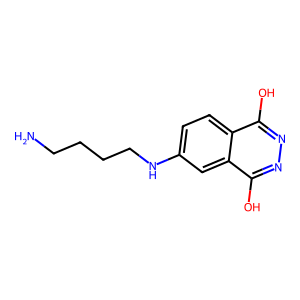
SMILES: NCCCCNc1ccc2c(O)nnc(O)c2c1
Inhibits HIV replication: No